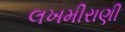
લખમીરાણી